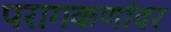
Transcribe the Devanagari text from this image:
परागकणांवर